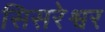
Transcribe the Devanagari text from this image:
सिसरेश्वर